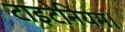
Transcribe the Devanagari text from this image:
टाइटेनियम।